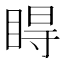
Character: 𥇹